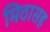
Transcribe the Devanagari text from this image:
मिठासह